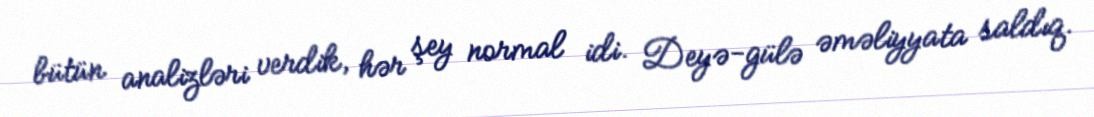
bütün analizləri verdik, hər şey normal idi. Deyə-gülə əməliyyata saldıq.